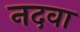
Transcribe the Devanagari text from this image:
नदवा